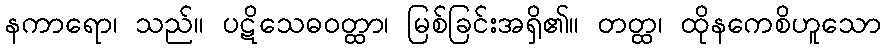
နကာရော၊ သည်။ ပဋိသေဓဝတ္ထာ၊ မြစ်ခြင်းအရှိ၏။ တတ္ထ၊ ထိုနကေစိဟူသော